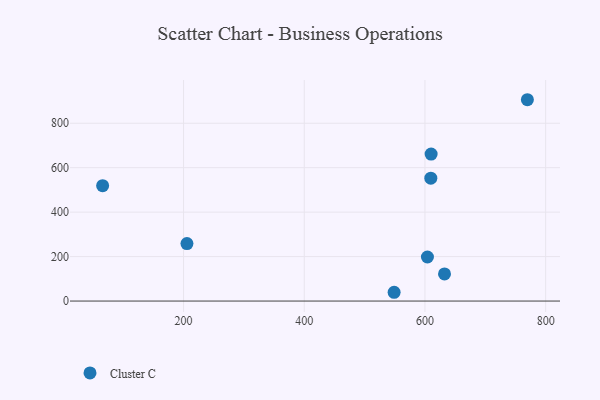
{"axis": {"x": "Experience", "y": "Rating"}, "legend": ["Cluster C"], "data": [{"x": "609.7", "y": 552.7, "type": "Cluster C"}, {"x": "769.7", "y": 905.7, "type": "Cluster C"}, {"x": "205.6", "y": 258.8, "type": "Cluster C"}, {"x": "632.4", "y": 122.2, "type": "Cluster C"}, {"x": "548.9", "y": 39.5, "type": "Cluster C"}, {"x": "610.2", "y": 661.3, "type": "Cluster C"}, {"x": "65.9", "y": 519.2, "type": "Cluster C"}, {"x": "604.1", "y": 198.2, "type": "Cluster C"}]}